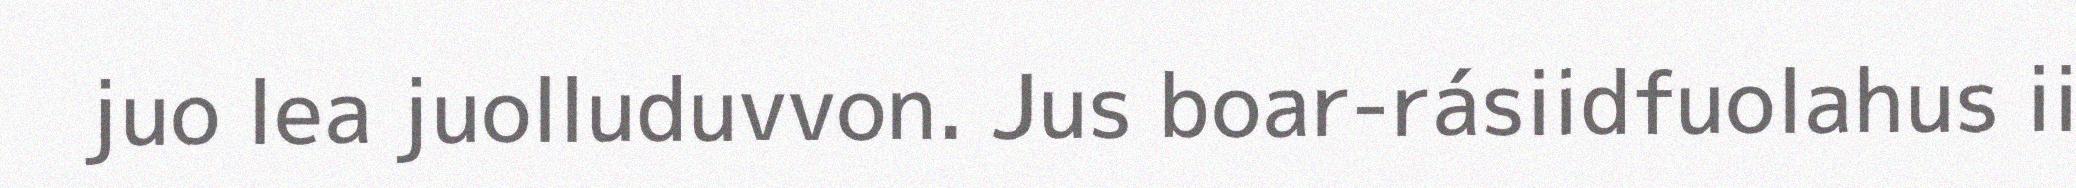
juo lea juolluduvvon. Jus boar-rásiidfuolahus ii